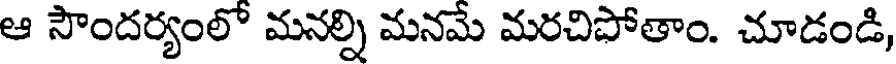
ఆ సౌందర్యంలో మనల్ని మనమే మరచిపోతాం. చూడండి,